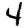
Digit: 4